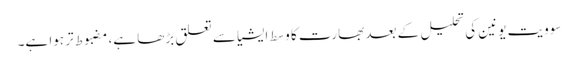
سوویت یونین کی تحلیل کے بعد بھارت کا وسط ایشیا سے تعلق بڑھا ہے، مضبوط تر ہوا ہے۔